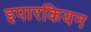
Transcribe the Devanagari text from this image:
इपारकियन